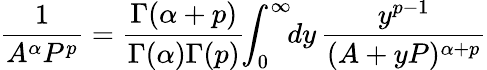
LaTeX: \frac{1}{A^{\alpha}P^{p}}=\frac{\Gamma(\alpha+p)}{\Gamma(\alpha)\Gamma(p)}\! \! \int_{0}^{\infty}\! \! dy\, \frac{y^{p-1}}{(A+yP)^{\alpha+p}}